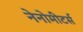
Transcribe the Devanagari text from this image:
नेनोमीटर्स